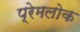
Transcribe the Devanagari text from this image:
प्रेमलोक